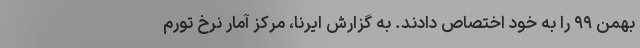
بهمن ۹۹ را به خود اختصاص دادند. به گزارش ایرنا، مرکز آمار نرخ تورم